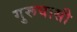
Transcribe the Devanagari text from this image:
गुरूघासी